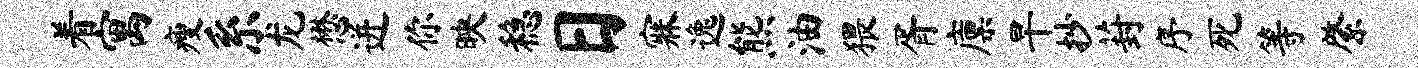
着寓瘦系龙懋迸你映稳日寐逸熊油猥胥廪旱抄葑序死等綮